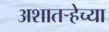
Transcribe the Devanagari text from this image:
अशातर्‍हेच्या